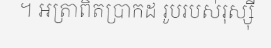
។ អត្រាពិតប្រាកដ រូបរបស់រុស្ស៊ី